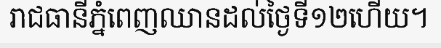
រាជធានីភ្នំពេញឈានដល់ថ្ងៃទី១២ហើយ។